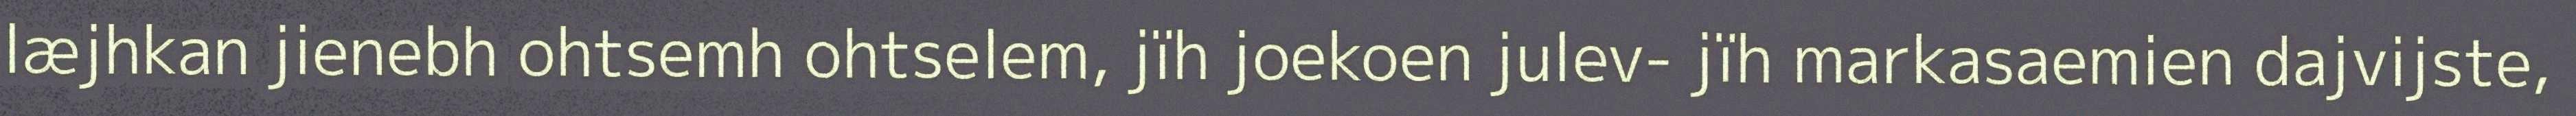
læjhkan jienebh ohtsemh ohtselem, jïh joekoen julev- jïh markasaemien dajvijste,